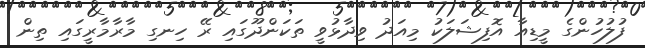
ފުލުހުންގެ މީޑިއާ އޮފިޝަލަކު މިއަދު ވިދާޅުވީ ތަކަންދޫގައި ރޭ ހިނގި މާރާމާރީގައި ތިން